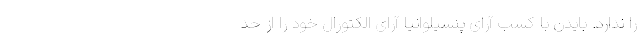
را ندارد. بایدن با کسب آرای پنسیلوانیا آرای الکتورال خود را از حد